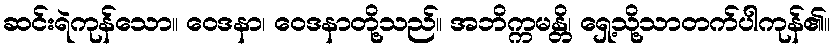
ဆင်းရဲကုန်သော။ ဝေဒနာ၊ ဝေဒနာတို့သည်။ အဘိက္ကမန္တိ၊ ရှေ့သို့သာတက်ပါကုန်၏။